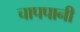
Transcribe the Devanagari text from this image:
चापपानी